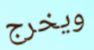
ويخرج